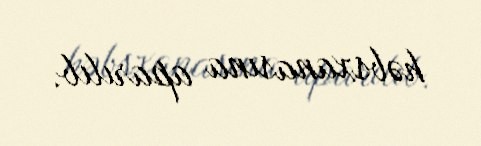
həbsxanasına aparılıb.